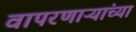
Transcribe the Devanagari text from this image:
वापरणाऱ्यांच्या